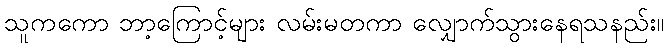
သူကကော ဘာ့ကြောင့်များ လမ်းမတကာ လျှောက်သွားနေရသနည်း။